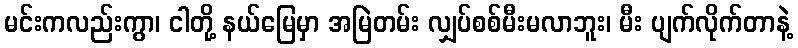
မင်းကလည်းကွာ၊ ငါတို့ နယ်မြေမှာ အမြဲတမ်း လျှပ်စစ်မီးမလာဘူး၊ မီး ပျက်လိုက်တာနဲ့